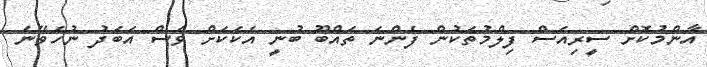
އާންމުކޮށް ސީރިއަސް ފިލްމުތަކުން ފެންނަ ތައްބޫ ބުނީ އެކަކަށް ވެސް އަބަދު ނުހެވޭނެ